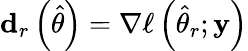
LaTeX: \mathbf{d}_{r}\left({\widehat{\theta}}\right)=\nabla\ell\left({\widehat{\theta}}_{r};\mathbf{y}\right)